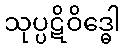
သုပ္ပဋိဝိဒ္ဓေါ